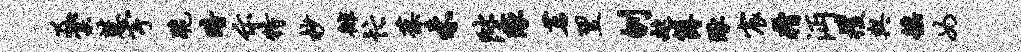
及棠慧宇跪暗示特杪徘忙葆未陛琢茗翌刎趑簿琢宸糟沔攫与徭女